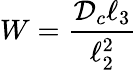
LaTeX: W=\frac{{\mathcal{D}}_{c}\ell_{3}}{\ell_{2}^{2}}